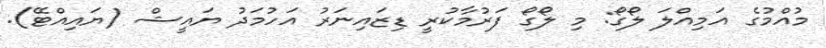
މުއްމުގެ އަމިއްލަ ލޯގޯ: މި ލޯގޯ ފަރުމާކުރީ ޑިޒައިނަރު އަހުމަދު ޔައީޝް (ޔައިއްޓޭ).